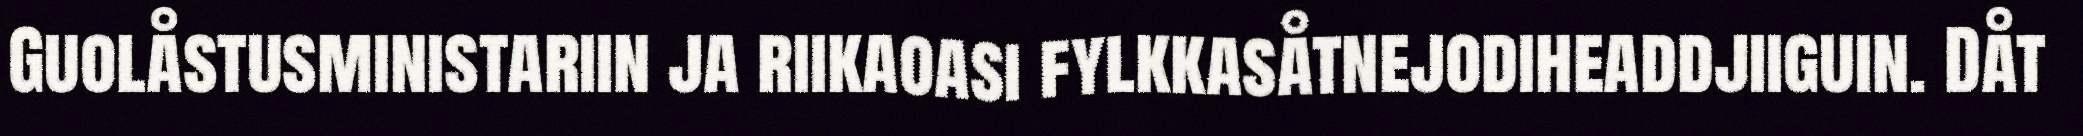
Guolåstusministariin ja riikaoasi fylkkasåtnejodiheaddjiiguin. Dåt